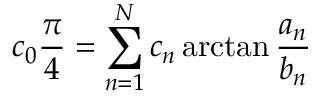
c _ { 0 } { \frac { \pi } { 4 } } = \sum _ { n = 1 } ^ { N } c _ { n } \arctan { \frac { a _ { n } } { b _ { n } } }